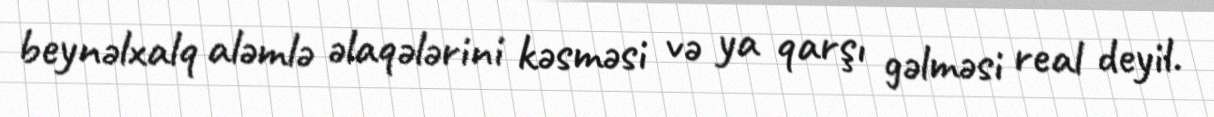
beynəlxalq aləmlə əlaqələrini kəsməsi və ya qarşı gəlməsi real deyil.